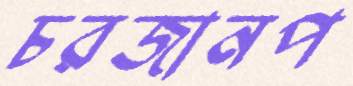
চরজানপ